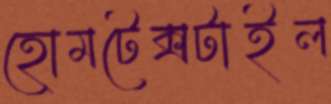
হোমটেক্সটাইল